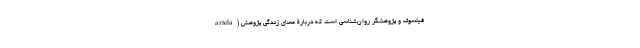
artela) فیلسوف و پژوهشگر روان‌شناسی است که دربارۀ معنای زندگی پژوهش